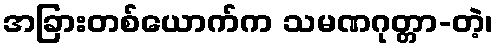
အခြားတစ်ယောက်က သမဏဂုတ္တာ-တဲ့၊